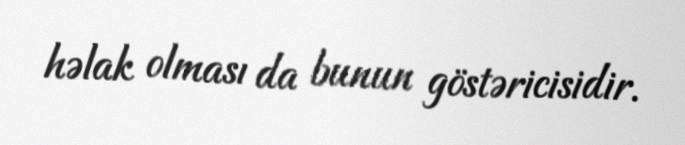
həlak olması da bunun göstəricisidir.